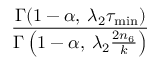
\frac { \Gamma ( 1 - \alpha , \: \lambda _ { 2 } \tau _ { \mathrm { m i n } } ) } { \Gamma \left( 1 - \alpha , \: \lambda _ { 2 } \frac { 2 n _ { 6 } } { k } \right) }